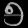
Digit: ၅